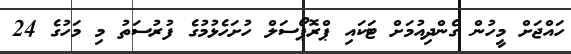
ހައްޖަށް މީހުން ގެންދިއުމަށް ޓަކައި ޕްރޮޕޯސަލް ހުށަހެޅުމުގެ ފުރުސަތު މި މަހުގެ 24